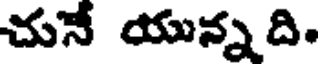
చునే యున్న ది.